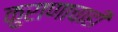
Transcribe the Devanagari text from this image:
कुराणाचाही